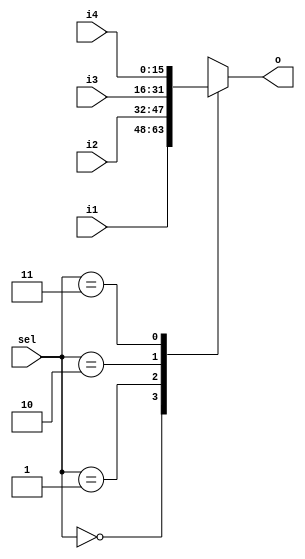
module mux4_1 (sel, i1, i2, i3, i4, o);
   input [1:0] sel;
   input [15:0] i1, i2, i3, i4;
   output reg [15:0] o;

   always @ (*) begin
      case (sel)
         0: o = i1;
         1: o = i2;
         2: o = i3;
         3: o = i4;
      endcase
   end

endmodule


module mux2_1 (sel, i1, i2, o);
   input sel;
   input [15:0] i1, i2;
   output reg [15:0] o;

   always @ (*) begin
      case (sel)
         0: o = i1;
         1: o = i2;
      endcase
   end

endmodule

module immediate_generator(immediate_value, extended_immediate_value);
    input [7:0] immediate_value;
    output [15:0] extended_immediate_value;
    
    assign extended_immediate_value = {{8{immediate_value[7]}}, immediate_value[7:0]};
endmodule